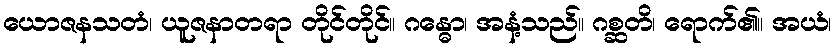
ယောဇနသတံ၊ ယူဇနာတရာ တိုင်တိုင်။ ဂန္ဓော၊ အနံ့သည်။ ဂစ္ဆတိ၊ ရောက်၏။ အယံ၊